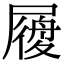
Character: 𡳐